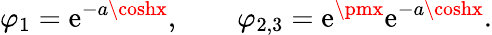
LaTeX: \varphi_{1}=\mathrm{e}^{-a\coshx},\qquad\varphi_{2,3}=\mathrm{e}^{\pmx}\mathrm{e}^{-a\coshx}.